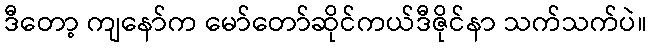
ဒီတော့ ကျနော်က မော်တော်ဆိုင်ကယ်ဒီဇိုင်နာ သက်သက်ပဲ။